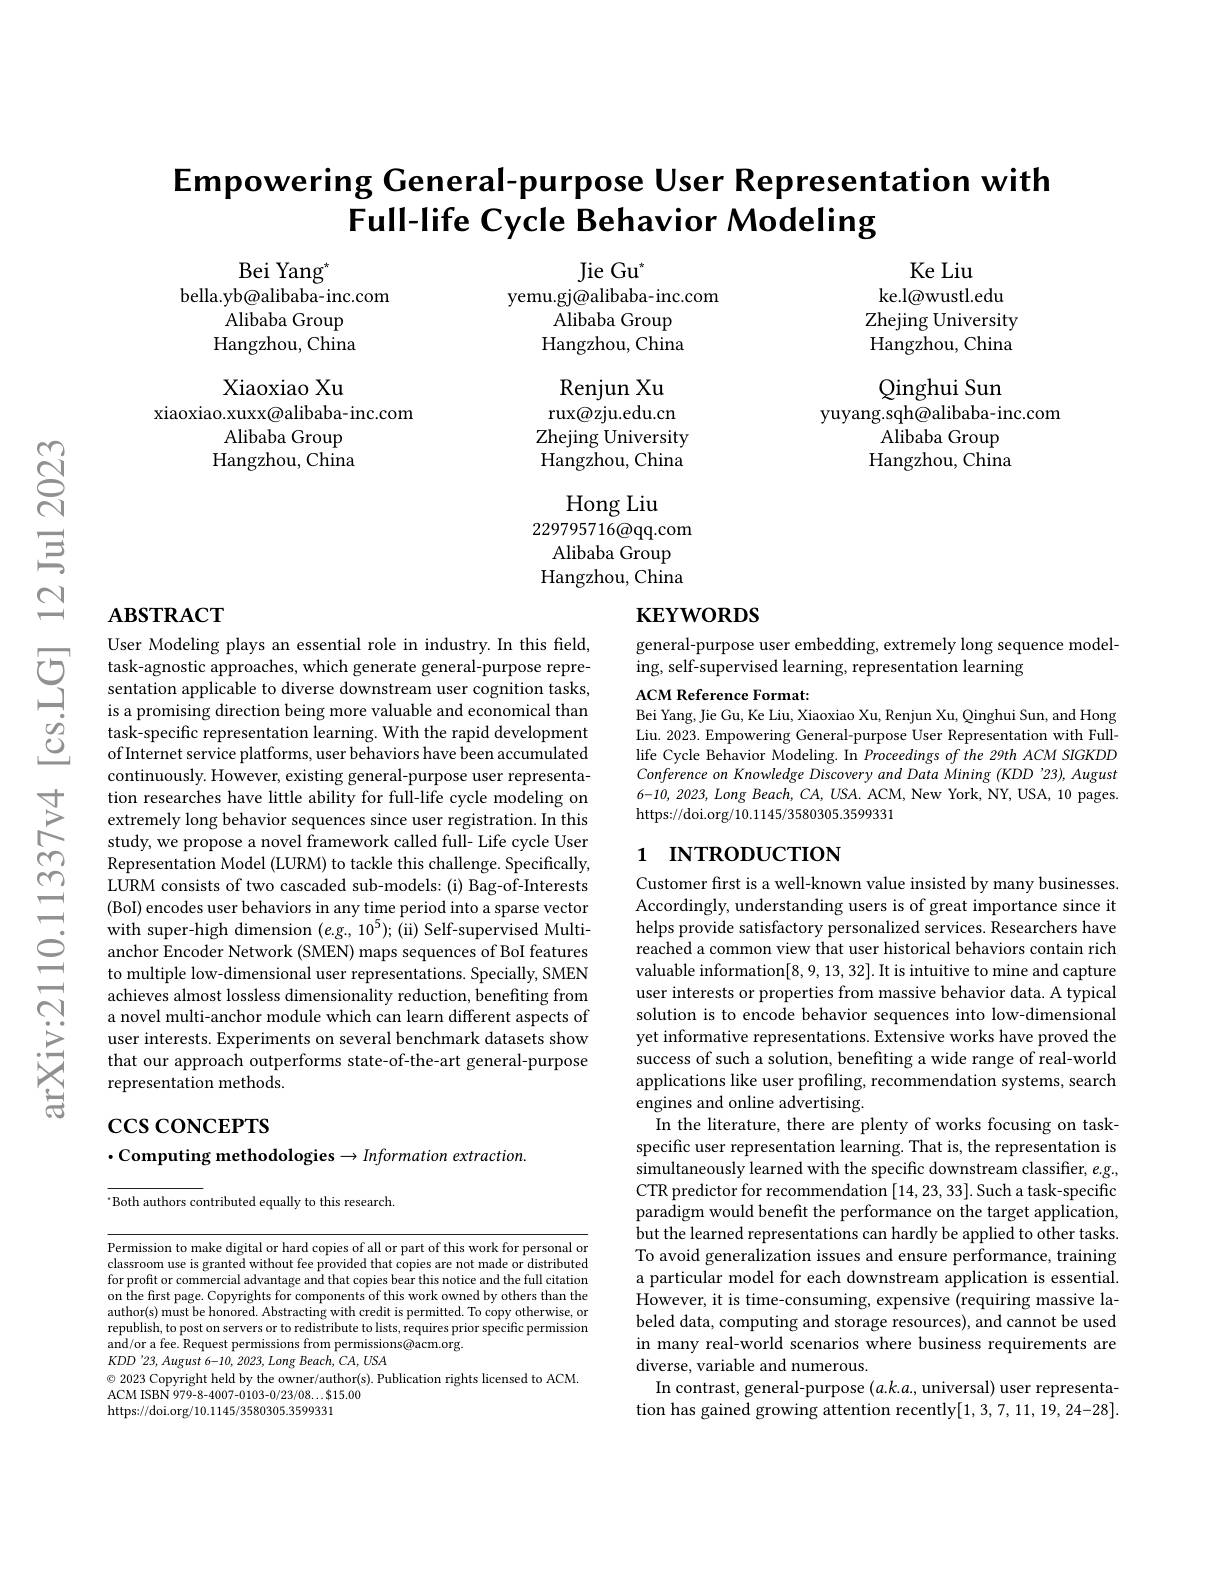
Empowering General-purpose User Representation with
Full-life Cycle Behavior Modeling

Ke Liu
ke.l@wustl.edu Zhejing University Hangzhou, China

Jie Gu$^{*}$
yemu.gj@alibaba-inc.com
Alibaba Group Hangzhou, China

Bei Yang$^{*}$
bella.yb@alibaba-inc.com
Alibaba Group Hangzhou, China

$\operatorname{Renjun}$Xu

rux@zju.edu.cn

Xiaoxiao Xu
xiaoxiao.xuxx@alibaba-inc.com
Alibaba Group Hangzhou, China

Qinghui Sun
yuyang.sqh@alibaba-inc.com
${\mathrm{Alibaba~Group}}$ Hangzhou, China

Zhejing University

Hangzhou, China

Hong Liu

229795716@qq.com

Alibaba Group

Hangzhou, China

# $ABSTRACT$

# $\mathbf{KEYWORDS}$

general-purpose user embedding, extremely long sequence model-
ing, self-supervised learning, representation learning

ACM Reference Format:
Bei Yang, Jie Gu, Ke Liu, Xiaoxiao Xu, Renjun Xu, Qinghui Sun, and Hong Liu. 2023. Empowering General-purpose User Representation with Fulllife Cycle Behavior Modeling. In Proceedings of the 29th ACM SIGKDD Conference on Knowledge Discovery and Data Mining (KDD '23), August 6-10,2023,Long Beach, CA, USA. ACM, New York, NY, USA, 10 pages. https://doi.org/10.1145/3580305.3599331

## 1 INTRODUCTION

User Modeling plays an essential role in industry. In this field, task-agnostic approaches, which generate general-purpose representation applicable to diverse downstream user cognition tasks, is a promising direction being more valuable and economical than task-specific representation learning. With the rapid development of Internet service platforms, user behaviors have been accumulated continuously. However, existing general-purpose user representation researches have little ability for full-life cycle modeling on extremely long behavior sequences since user registration. In this study, we propose a novel framework called full- Life cycle User Representation Model (LURM) to tackle this challenge. Specifically, LURM consists of two cascaded sub-models: (i) Bag-of-Interests (BoI) encodes user behaviors in any time period into a sparse vector with super-high dimension $(e.$g., 10$^5);$ (ii) Self-supervised Multi-
$\begin{array}{lll}&\mathrm{with~super-high~amension~(e.g,~10^{\circ});~(u)~Self-supervised~Multi}\\\cong&\:\mathrm{anchor~Encoder~Network~(SMEN)~maps~sequences~of~BoI~features}\\\text{to multiple low-dimensional user representations.Specially,SMEN}\\=&\:\mathrm{achieves~almost~lossless~dimensionality~re}\end{array}$
achieves almost lossless dimensionality reduction, benefiting from a novel multi-anchor module which can learn different aspects of user interests. Experiments on several benchmark datasets show that our approach outperforms state-of-the-art general-purpose representation methods.

# $\csc\csc$coNCEPTS $\cdot$Computing methodologies$\to Information\textit{ extraction. }$

Customer first is a well-known value insisted by many businesses. Accordingly, understanding users is of great importance since it helps provide satisfactory personalized services. Researchers have reached a common view that user historical behaviors contain rich valuable information[8,9,13,32]. It is intuitive to mine and capture user interests or properties from massive behavior data. A typical solution is to encode behavior sequences into low-dimensional yet informative representations. Extensive works have proved the success of such a solution, benefiting a wide range of real-world applications like user profiling, recommendation systems, search engines and online advertising.
In the literature, there are plenty of works focusing on taskspecific user representation learning. That is, the representation is $\hat{\text{simultaneously learned with the specific downstream classiffer, }e.g.}$ CTR predictor for recommendation [14,23,33]. Such a task-specific paradigm would benefit the performance on the target application, but the learned representations can hardly be applied to other tasks To avoid generalization issues and ensure performance, training a particular model for each downstream application is essential. However, it is time-consuming, expensive (requiring massive labeled data, computing and storage resources), and cannot be used in many real-world scenarios where business requirements are diverse, variable and numerous.
In contrast, general-purpose $(a.k.a.$, universal) user representation has gained growing attention recently[1,3,7,11,19,24-28].

$^{\cdot}$Both authors contributed equally to this research.

Permission to make digital or hard copies of all or part of this work for personal or classroom use is granted without fee provided that copies are not made or distributed for profit or commercial advantage and that copies bear this notice and the full citation on the first page. Copyrights for components of this work owned by others than the author(s) must be honored. Abstracting with credit is permitted. To copy otherwise, or republish, to post on servers or to redistribute to lists, requires prior specific permission and/or a fee. Request permissions from permissions@acm.org.
$KDD^{\prime}23,August6-10,2023,LongBeach,CA,USA$
© 2023 Copyright held by the owner/author(s). Publication rights licensed to ACM.
ACM ISBN 979-8-4007-0103-0/23/08...$15.00
https://doi.org/10.1145/3580305.3599331